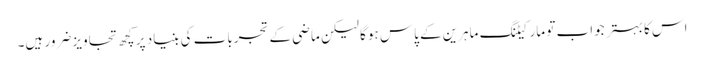
اس کا بہتر جواب تو مارکیٹنگ ماہرین کے پاس ہوگا لیکن ماضی کے تجربات کی بنیاد پر کچھ تجاویز ضرور ہیں۔